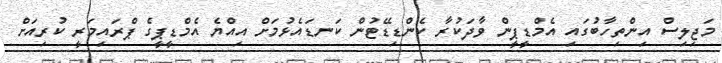
މަޖިލިސް އިންތިހާބުގައި އެމްޑީޕީން ވާދަކުރާ ކެންޑިޑޭޓުން ކަނޑައެޅުމަށް އިއްޔެ އެމްޑީޕީގެ ޕްރައިމަރީ ކުރިއަށް